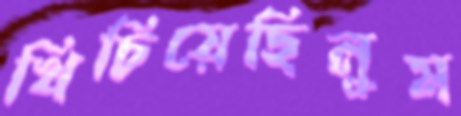
খিচিয়েছিলুম